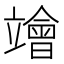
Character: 𥫁